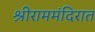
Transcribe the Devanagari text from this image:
श्रीराममंदिरात